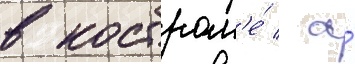
в костром'е́ / а́